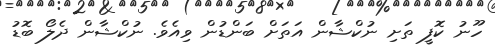
ހޫނު ކޮފީ ތަށި ނުކްޝާން އަތަށް ބަންޑުން ވިއެވެ. ނުކްޝާން ދެލޯ ބޮޑު